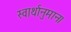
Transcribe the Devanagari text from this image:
स्वार्थानुमान।